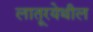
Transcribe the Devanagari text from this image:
लातूरयेथील